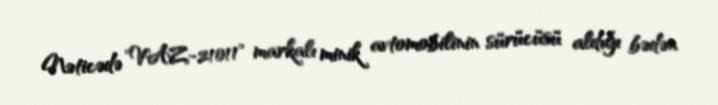
Nəticədə "VAZ-21011" markalı minik avtomobilinin sürücüsü aldığı bədən